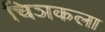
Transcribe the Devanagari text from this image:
चिञकला